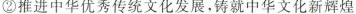
②推进中华优秀传统文化发展，铸就中华文化新辉煌